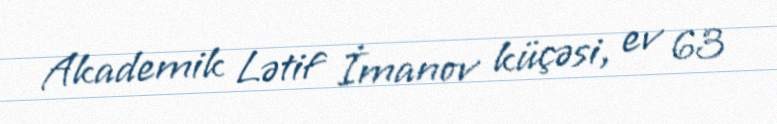
Akademik Lətif İmanov küçəsi, ev 63